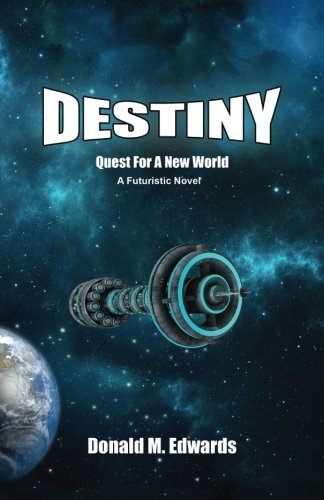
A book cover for Destiny: Quest for a New World (Volume 1); Donald M Edwards; Science Fiction & Fantasy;